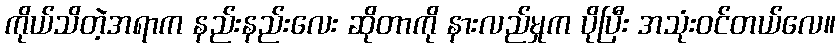
ကိုယ်သိတဲ့အရာက နည်းနည်းလေး ဆိုတာကို နားလည်မှုက ပိုပြီး အသုံးဝင်တယ်လေ။